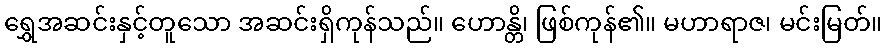
ရွှေအဆင်းနှင့်တူသော အဆင်းရှိကုန်သည်။ ဟောန္တိ၊ ဖြစ်ကုန်၏။ မဟာရာဇ၊ မင်းမြတ်။